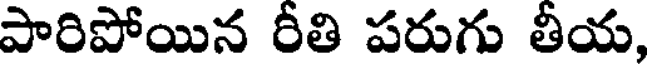
పారిపోయిన రీతి పరుగు తీయ,